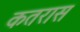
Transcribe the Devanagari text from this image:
कतरास